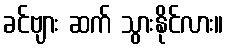
ခင်ဗျား ဆက် သွားနိုင်လား။